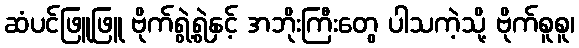
ဆံပင်ဖြူဖြူ ဗိုက်ရွဲ့ရွဲနှင့် အဘိုးကြီးတွေ ပါသကဲ့သို့ ဗိုက်စူစူ၊